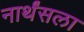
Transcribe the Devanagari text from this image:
नार्थंसला